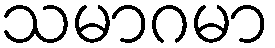
သမာဂမာ